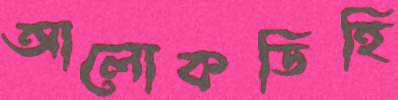
আলোকডিহি